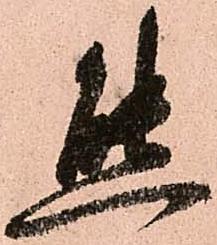
態